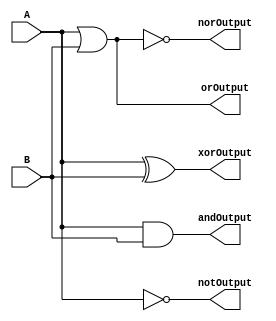
module logicgates1(notOutput, andOutput, orOutput, norOutput, xorOutput, A, B); 

input A, B;
output notOutput, andOutput, orOutput, norOutput, xorOutput;

// Code for a. NOT
assign notOutput = ~A;

// Code for b. 2-input AND
assign andOutput = A & B;

// Code for c. 2-input OR
assign orOutput = A | B;

// Code for d. 2-input NOR
assign norOutput = ~(A | B);

// Code for e. 2-input XOR
xor(xorOutput, A, B);

endmodule